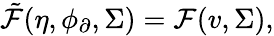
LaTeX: \tilde{\mathcal{F}}(\eta,\phi_{\partial},\Sigma)=\mathcal{F}(v,\Sigma),